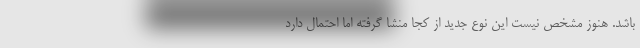
باشد. هنوز مشخص نیست این نوع جدید از کجا منشا گرفته اما احتمال دارد